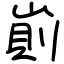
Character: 崱